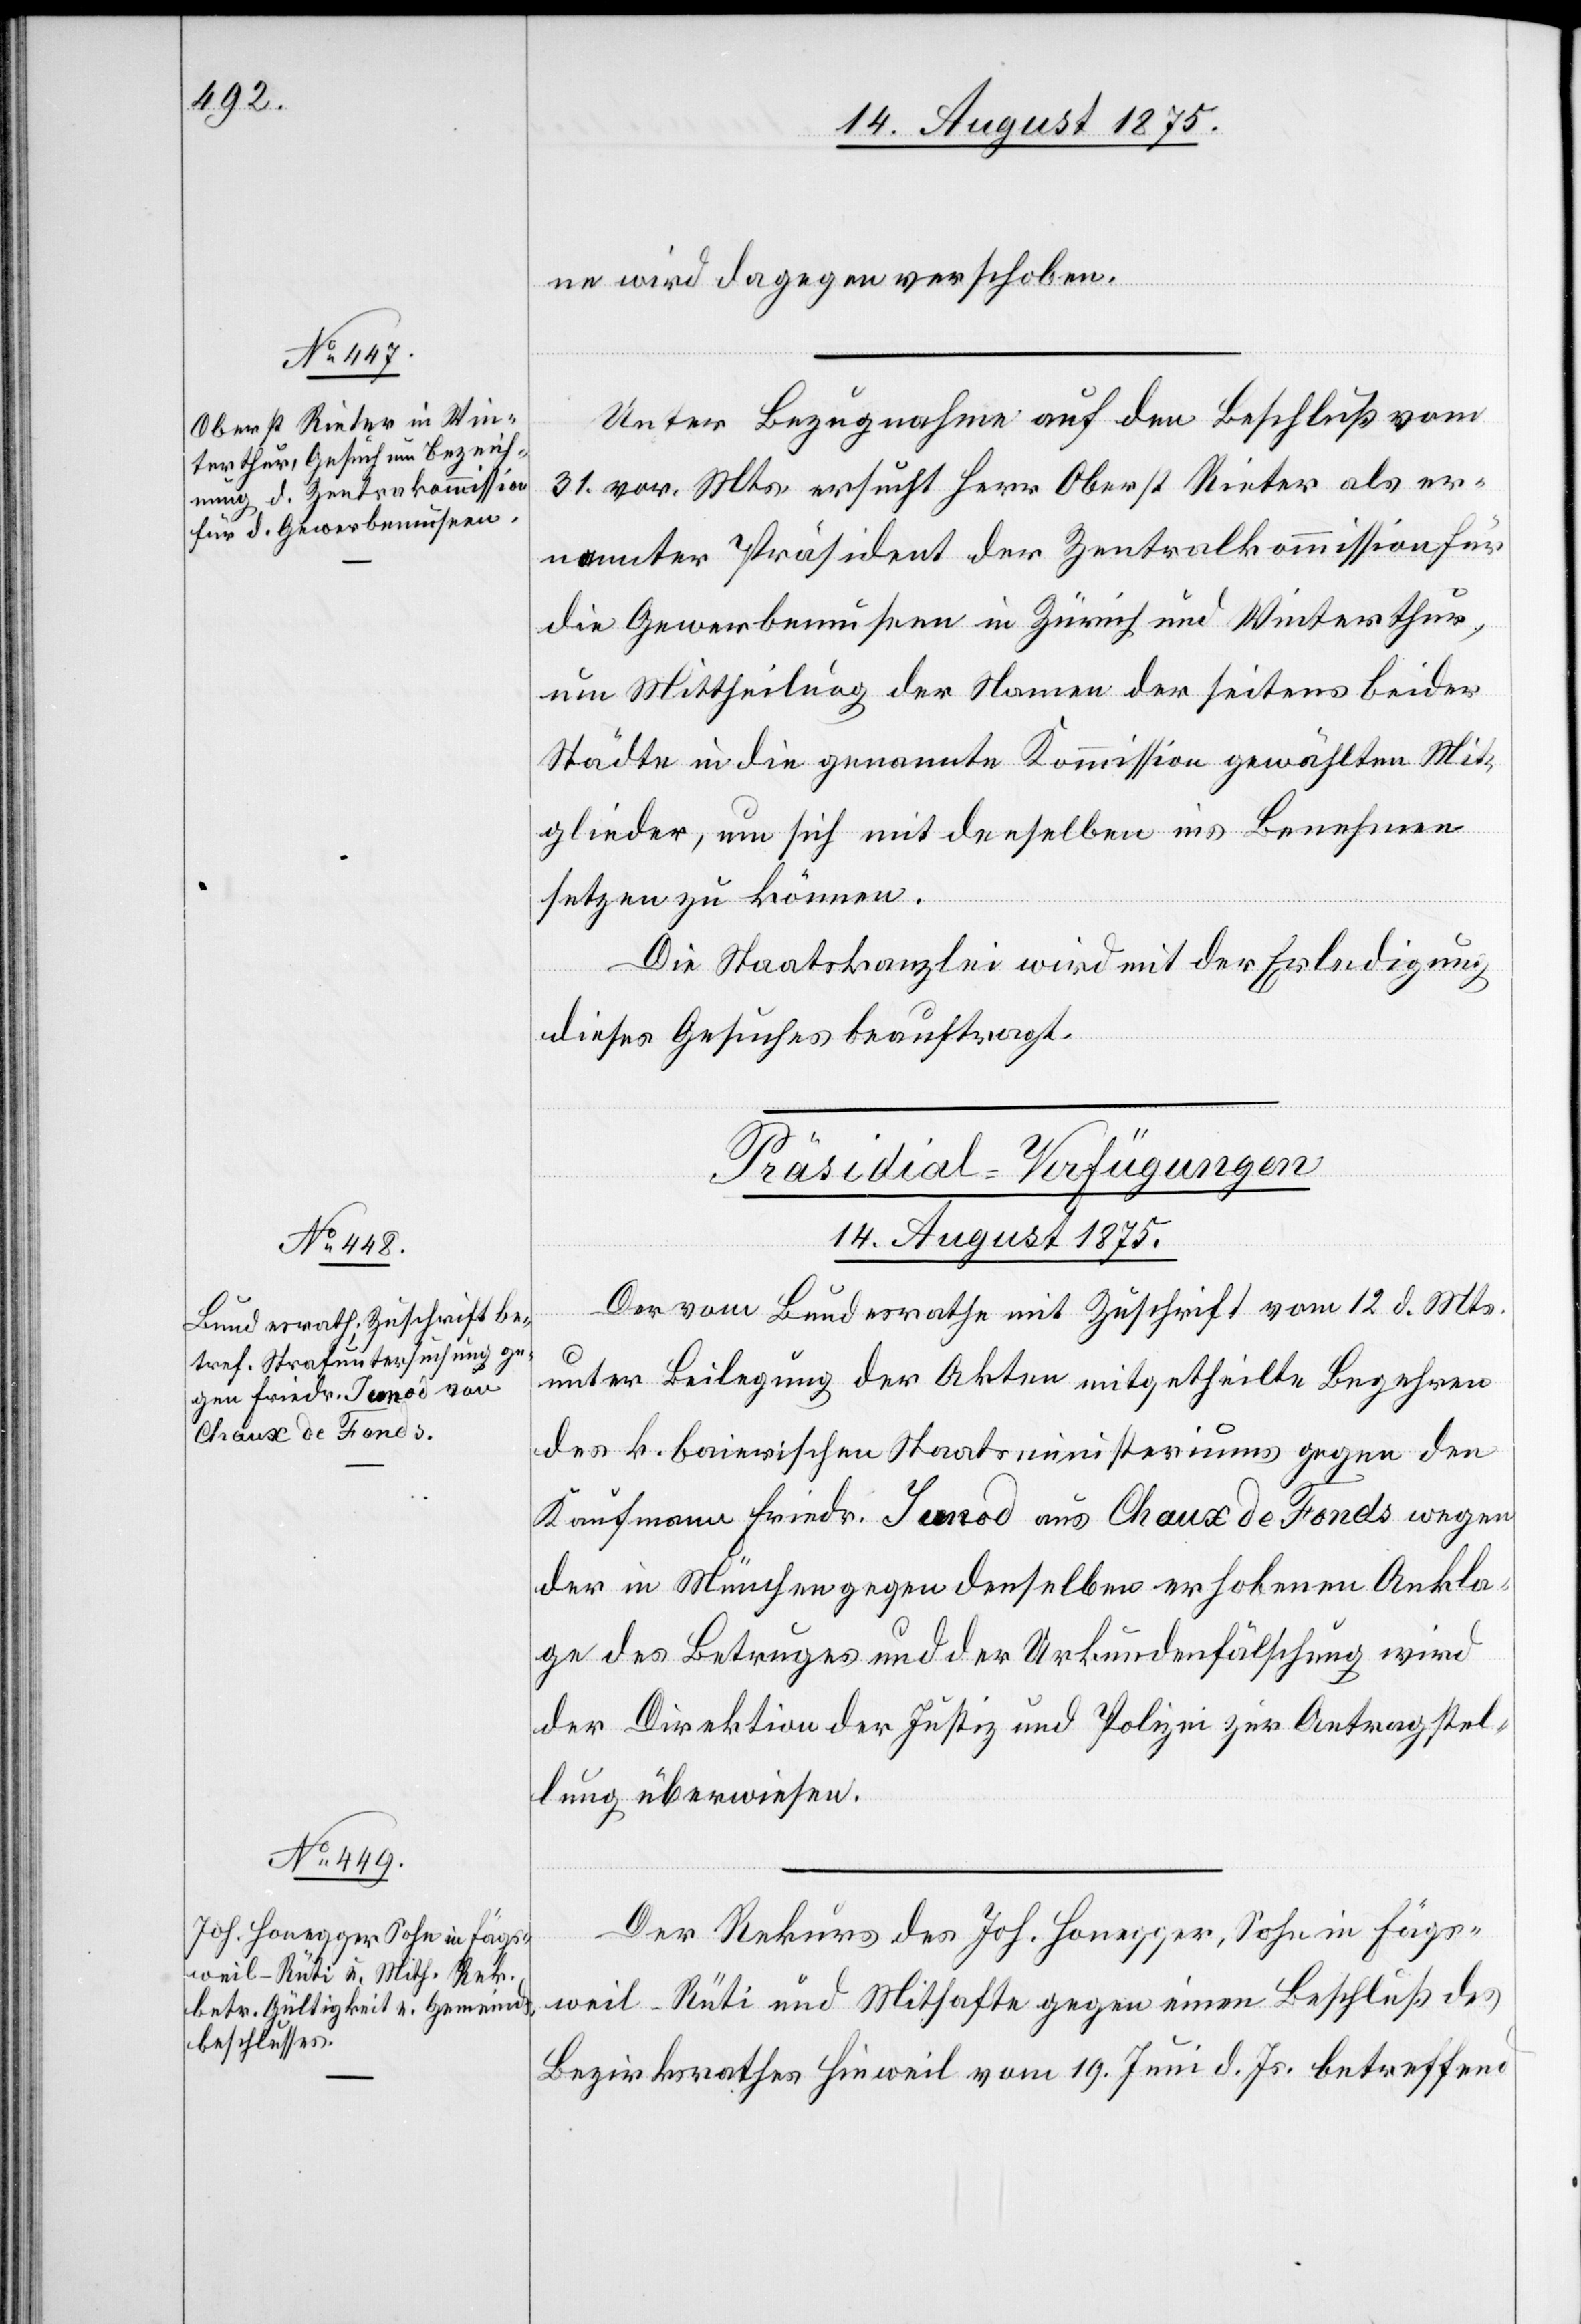
ne wird dagegen verschoben.
Unter Bezugnahme auf den Beschluss vom
31. vor. Mts. ersucht Herr Oberst Rieter als er¬
nannter Präsident der Zentralkommission für
die Gewerbemuseen in Zürich und Winterthur,
um Mittheilung der Namen der seitens beider
Städte in die genannte Kommission gewählten Mit¬
glieder, um sich mit denselben ins Benehmen
setzen zu können.
Die Staatskanzlei wird mit der Erledigung
dieses Gesuches beauftragt.
[Präsidial-Verfügungen.
14. August 1875.]
vom Bundesrathe mit Zuschrift vom 12. d. Mts.
unter Beilegung der Akten mitgetheilte Begehren
des k. bairischen Staatsministeriums gegen den
Kaufmann Friedr. Junod aus Chaux de Fonds wegen
der in München gegen denselben erhobenen Ankla¬
ge des Betruges und der Urkundenfälschung[,] wird
der Direktion der Justiz und Polizei zur Antragstel¬
lung überwiesen.
Der Rekurs des Joh. Honegger, Sohn in Fägs¬
weil - Rüti und Mithafte gegen einen Beschluß des
Bezirksrathes Hinweil vom 19. Juni d. Js betreffend